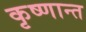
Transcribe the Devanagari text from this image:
कृष्णान्त